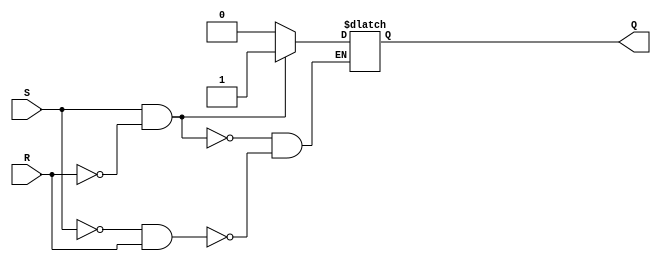
module SR_flipflop(
    input S, 
    input R, 
    output reg Q
);

always @* begin
    if (S & !R) begin
        Q <= 1;
    end else if (!S & R) begin
        Q <= 0;
    end
end

endmodule